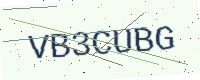
Text: VB3CUBG